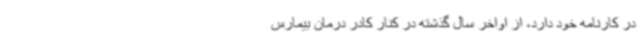
در کارنامه خود دارد، از اواخر سال گذشته در کنار کادر درمان بیمارس